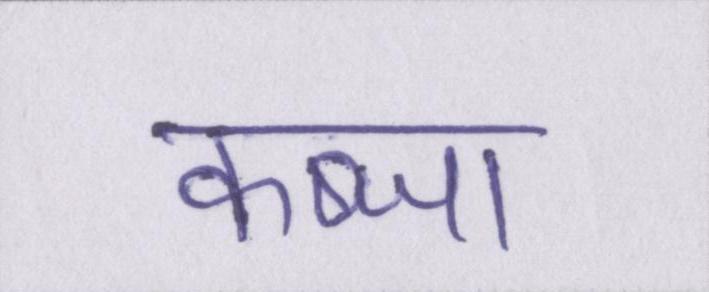
कब्जा